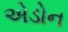
એડોન